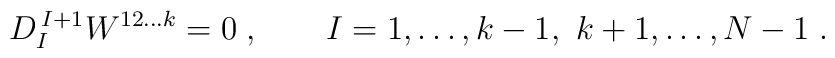
D^{\,I+1}_{I} W^{12\ldots k} = 0\;, \qquad I=1,\ldots, k-1,\ k+1, \ldots, N-1\;.